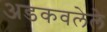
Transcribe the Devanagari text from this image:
अडकवलेले